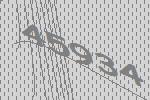
45934